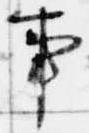
事